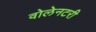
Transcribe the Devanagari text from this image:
वोलेनटरी